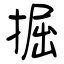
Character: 掘